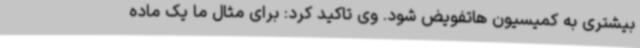
بیشتری به کمیسیون هاتفویض شود. وی تاکید کرد: برای مثال ما یک ماده